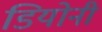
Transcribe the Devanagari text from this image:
डियोनी